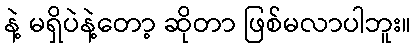
နဲ့ မရှိပဲနဲ့တော့ ဆိုတာ ဖြစ်မလာပါဘူး။